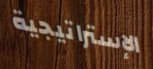
الإستراتيجية